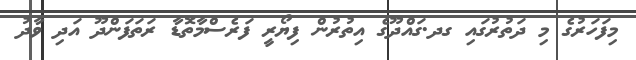
މިފަހަރުގެ މި ދަތުރުގައި ގދ.ގައްދޫގެ އިތުރުން ފިޔޯރީ ފަރެސްމާތޮޑާ ރަތަފަންދޫ އަދި ވާދު